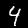
Label: 4